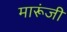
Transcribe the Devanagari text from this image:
मारूंजी